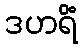
ဒဟရိံ